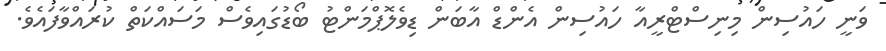
ވަނީ ހައުސިން މިނިސްޓްރީއާ ހައުސިން އެންޑް އާބަން ޑިވެލޮޕްމަންޓު ބޯޑުގައިވެސް މަސައްކަތް ކުރައްވާފައެވެ.